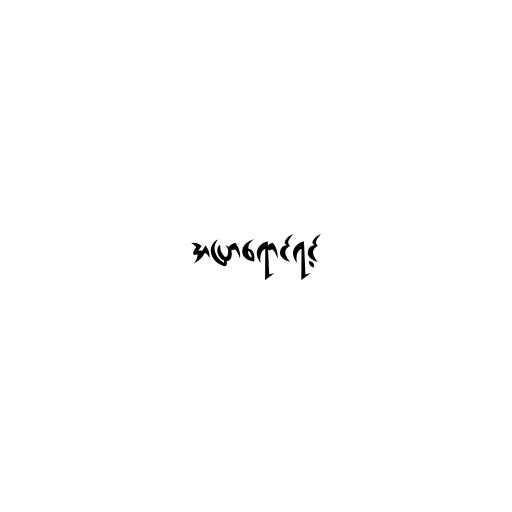
အပြာရောင်ရင့်